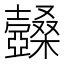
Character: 𣡆